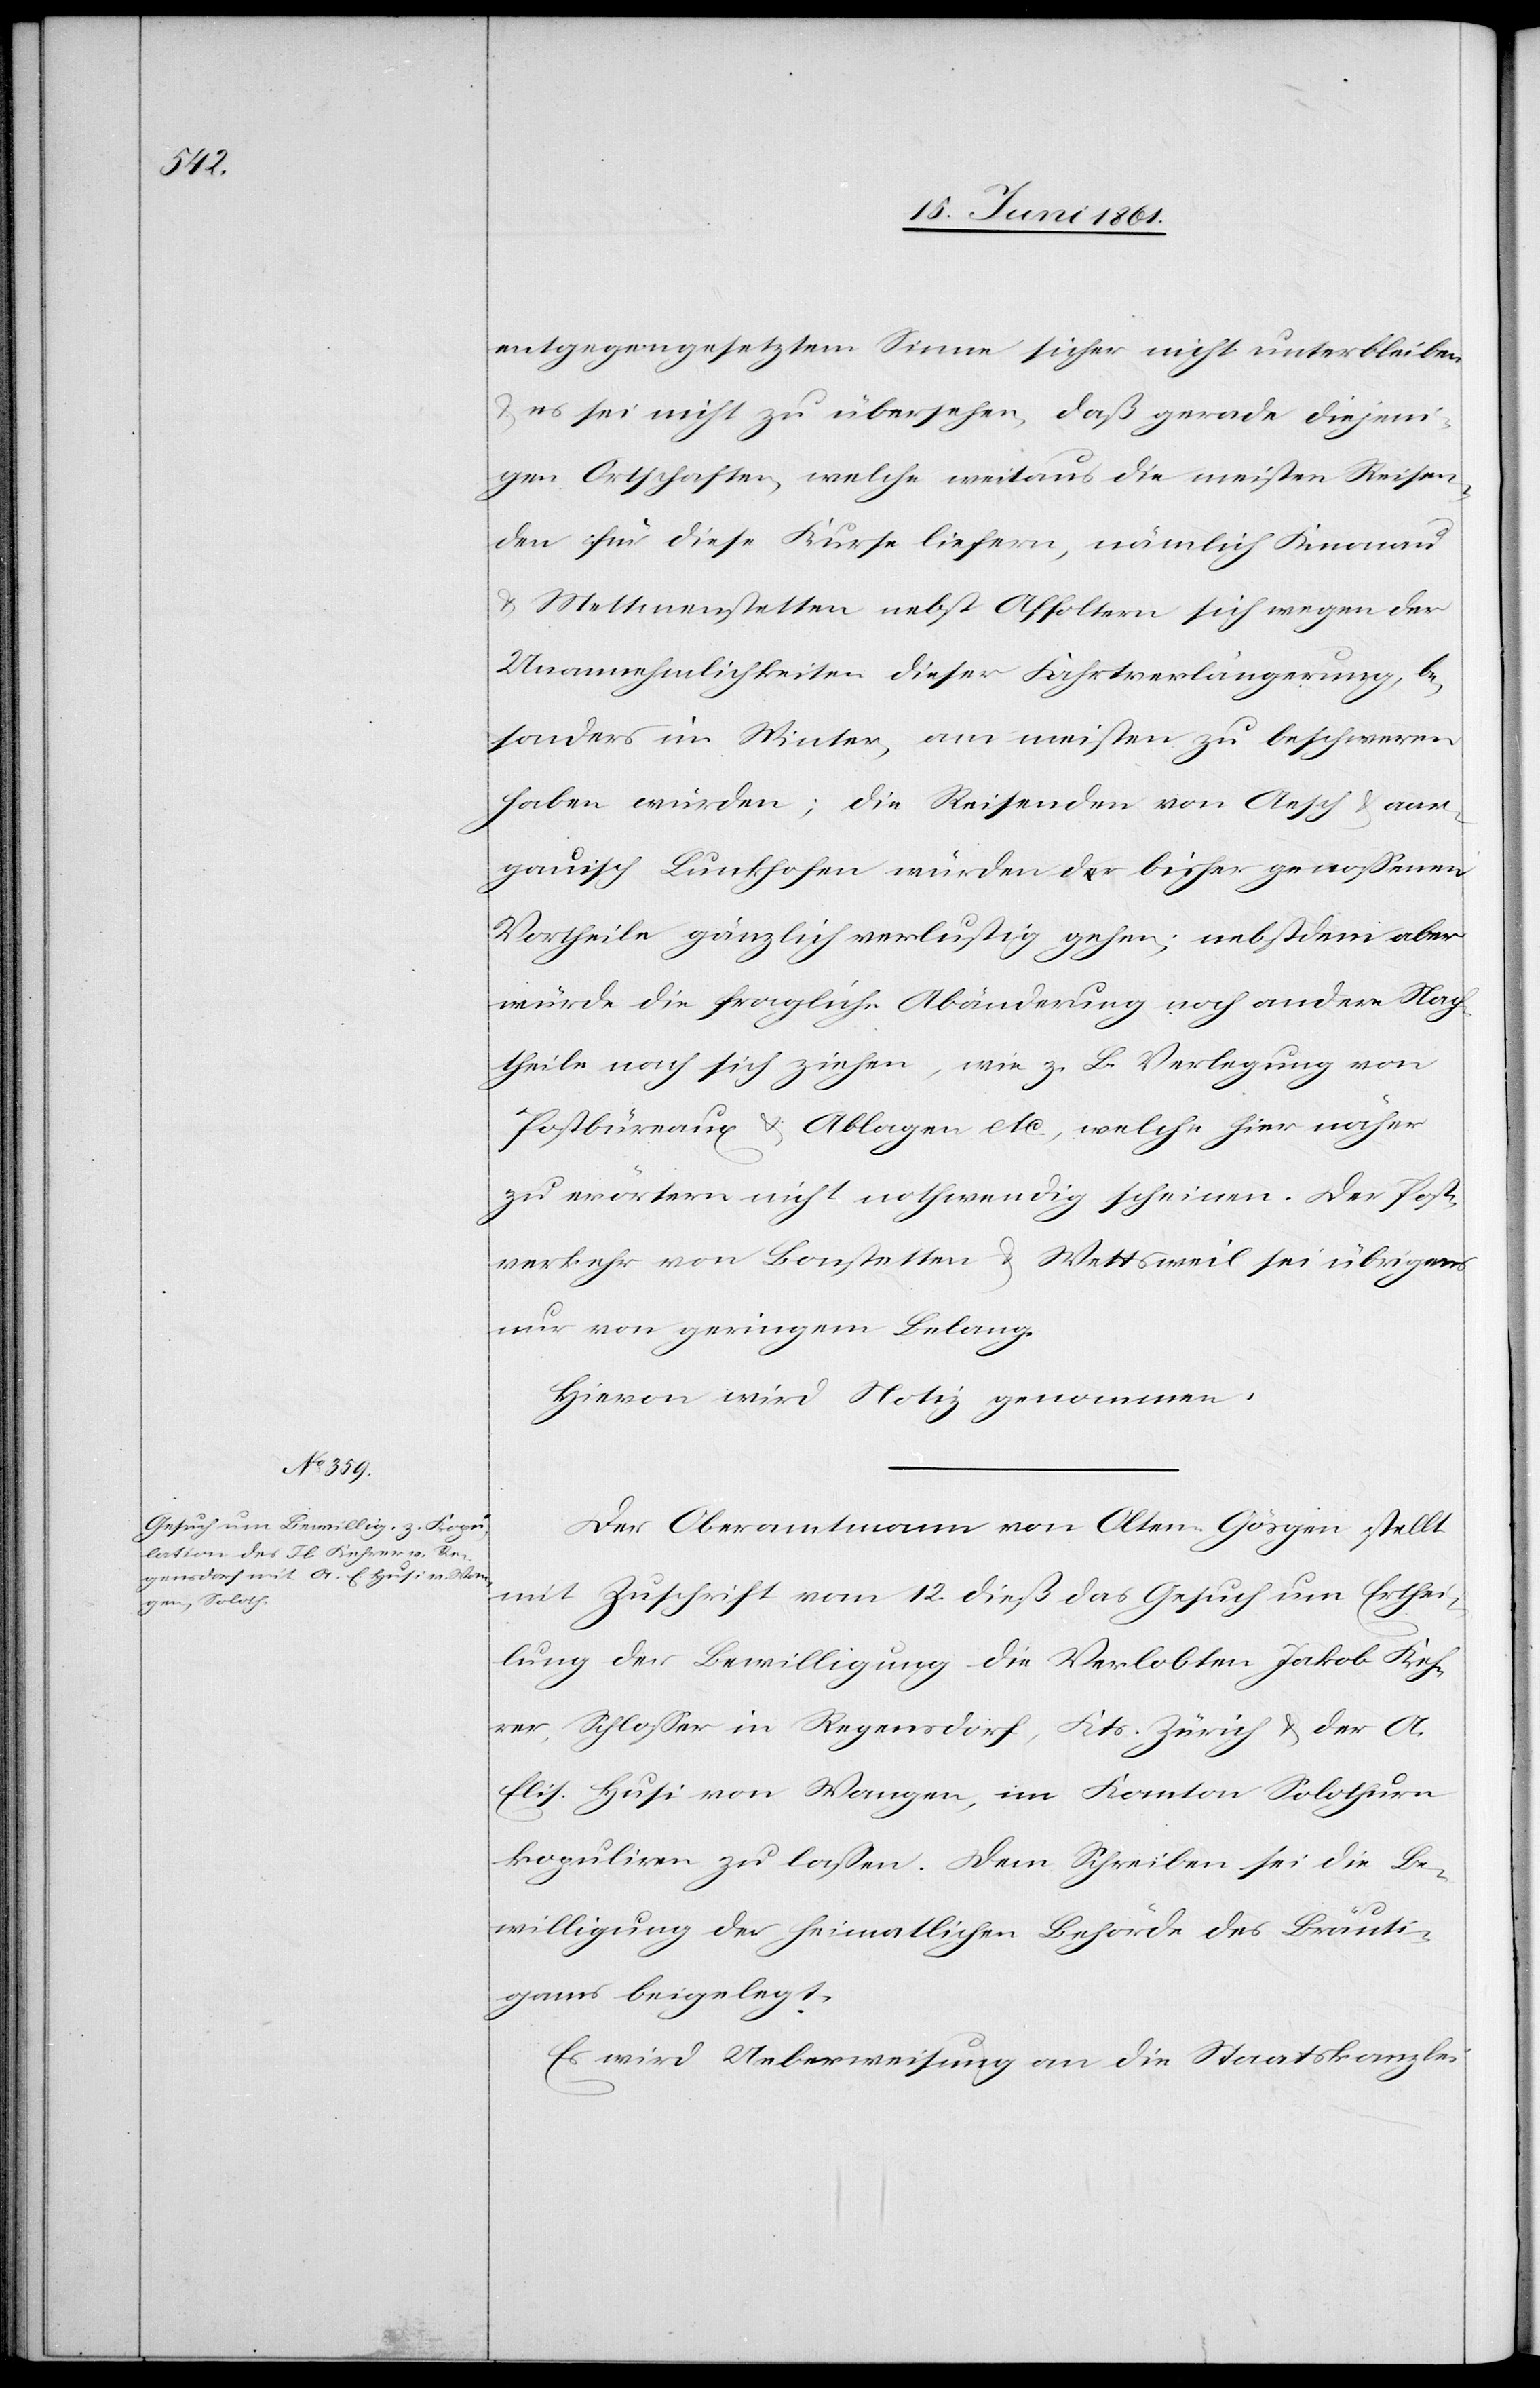
entgegengesetztem Sinne sicher nicht unterbleiben
es sei nicht zu übersehen, daß gerade diejeni¬
gen Ortschaften, welche weitaus die meisten Reisen¬
den für diese Kurse liefern, nämlich Knonau
und Mettmenstetten nebst Affoltern sich wegen der
Unannehmlichkeiten dieser Fahrtverlängerung, be¬
sonders im Winter, am meisten zu beschwerden
haben würden; die Reisenden von Aesch u. aar¬
gauisch Lunkhofen würden der bisher genossenen
Vortheile gänzlich verlustig gehen; nebst dem aber
würde die fragliche Abänderung noch andere Nach¬
theile nach sich ziehen, wie z. B. Verlegung von
Postbüreaux u. Ablagen etc. welche hier näher
zu erörtern nicht nothwendig scheinen. Der Post¬
verkehr von Bonstetten u. Wettsweil sei übrigens
nur von geringem Belang.
Hievon wird Notiz genommen.
Der Oberamtmann von Olten-Gösgen stellt
mit Zuschrift vom 12. dieß das Gesuch um Erthei¬
lung der Bewilligung die Verlobten Jakob Keh¬
rer, Schlosser in Regensdorf, Kts. Zürich u. der A.
Elis. Husi von Wangen, im Kanton Solothurn
kopuliren zu lassen. Dem Schreiben sei die Be¬
willigung der heimatlichen Behörde des Bräuti¬
gams beigelegt.
Es wird Ueberweisung an die Staatskanzlei